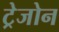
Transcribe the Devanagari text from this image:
ट्रेजोन